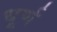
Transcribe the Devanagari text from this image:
धूर्ण